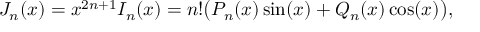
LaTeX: J _ { n } ( x ) = x ^ { 2 n + 1 } I _ { n } ( x ) = n ! { \bigl ( } P _ { n } ( x ) \sin ( x ) + Q _ { n } ( x ) \cos ( x ) { \bigr ) } ,